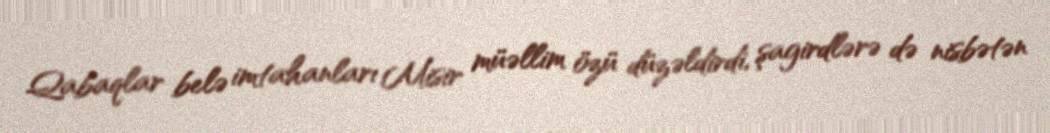
Qabaqlar belə imtahanları Misir müəllim özü düzəldirdi, şagirdlərə də nisbətən